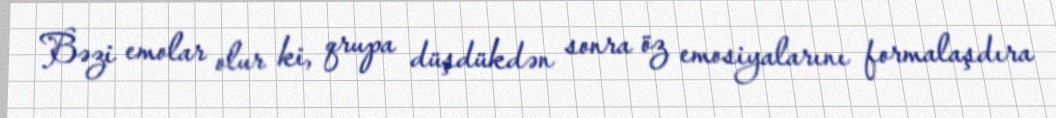
Bəzi emolar olur ki, qrupa düşdükdən sonra öz emosiyalarını formalaşdıra